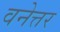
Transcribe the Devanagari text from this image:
वनेत्तर